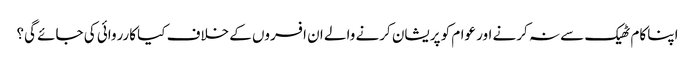
اپنا کام ٹھیک سے نہ کرنے اور عوام کو پریشان کرنے والے ان افسروں کے خلاف کیا کارروائی کی جائے گی؟